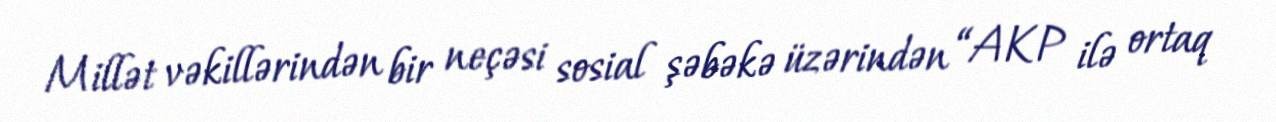
Millət vəkillərindən bir neçəsi sosial şəbəkə üzərindən “AKP ilə ortaq